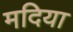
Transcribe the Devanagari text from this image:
मदिया